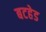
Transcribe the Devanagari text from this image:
बटहेड